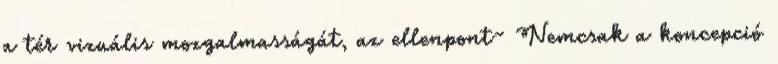
a tér vizuális mozgalmasságát, az ellenpont- Nemcsak a koncepció